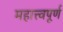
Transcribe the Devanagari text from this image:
महात्त्वपूर्ण